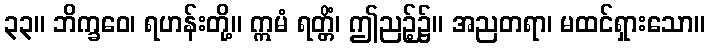
၃၃။ ဘိက္ခဝေ၊ ရဟန်းတို့။ ဣမံ ရတ္တိံ၊ ဤညဉ့်၌။ အညတရာ၊ မထင်ရှားသော။